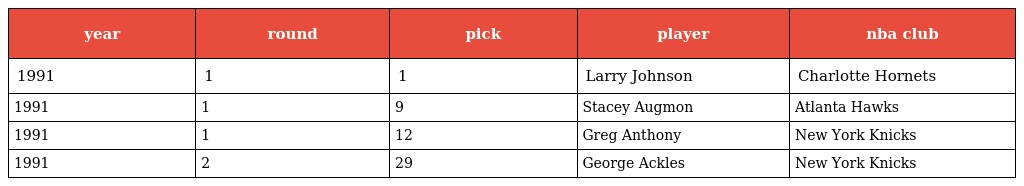
| year | round | pick | player | nba club |
 | --- | --- | --- | --- | --- |
 | 1991 | 1 | 1 | Larry Johnson | Charlotte Hornets |
 | 1991 | 1 | 9 | Stacey Augmon | Atlanta Hawks |
 | 1991 | 1 | 12 | Greg Anthony | New York Knicks |
 | 1991 | 2 | 29 | George Ackles | New York Knicks |